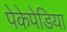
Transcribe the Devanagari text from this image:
पेकेपेडिया